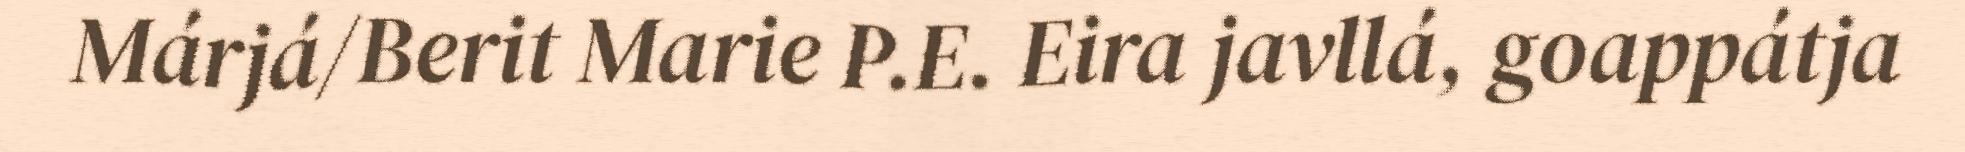
Márjá/Berit Marie P.E. Eira javllá, goappátja